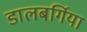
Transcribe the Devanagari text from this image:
डालबर्गिया